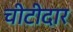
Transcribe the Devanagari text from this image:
चीटीदार